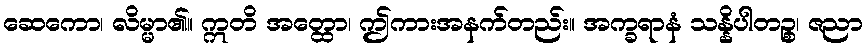
ဆေကော၊ လိမ္မာ၏။ ဣတိ အတ္ထော၊ ဤကားအနက်တည်း။ အက္ခရာနံ သန္နိပါတဉ္စ၊ ဇညာ